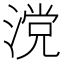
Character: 𣺼